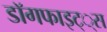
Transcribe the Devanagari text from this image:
डाॅगफाइट््स